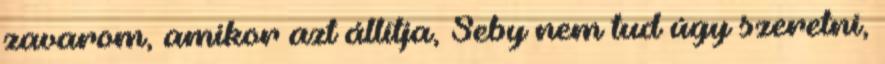
zavarom, amikor azt állítja, Seby nem tud úgy szeretni,